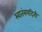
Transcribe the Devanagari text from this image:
स्वातंत्रयदिनी